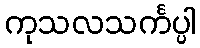
ကုသလသင်္ကပ္ပါ